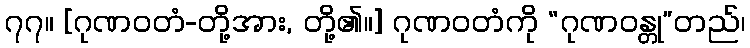
၇၇။ [ဂုဏဝတံ-တို့အား, တို့၏။] ဂုဏဝတံကို “ဂုဏဝန္တု”တည်၊